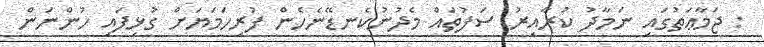
: ޖަމާޢަތުގައި ނަމާދު ކުރާއިރު ސަފުތައް މެދުނުކެނޑޭނެހެން ފުރިހަމަޔަށް ގުޅިފައި ހުންނަން